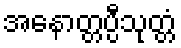
အနောတ္တပ္ပီသုတ္တံ